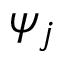
\psi _ { j }